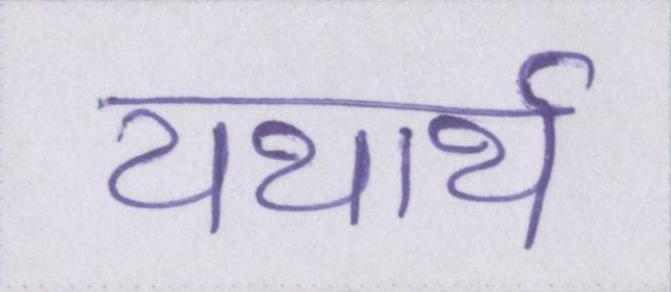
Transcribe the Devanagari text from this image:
यथार्थ